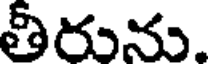
తీరును.